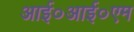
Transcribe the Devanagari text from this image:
आई०आई०एम